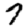
Digit: 7